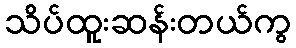
သိပ်ထူးဆန်းတယ်ကွ